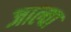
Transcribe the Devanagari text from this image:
जाल्वा